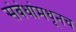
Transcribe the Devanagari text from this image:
संबंधांमधूनच